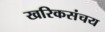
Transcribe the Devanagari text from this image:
खरिकसंचय